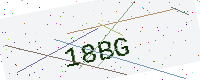
Text: 18BG